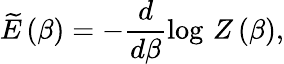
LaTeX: \widetilde{E}\left(\beta\right)=-\frac{d}{d\beta}\log\, Z\left(\beta\right),